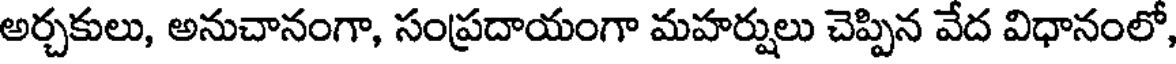
అర్చకులు, అనుచానంగా, సంప్రదాయంగా మహర్షులు చెప్పిన వేద విధానంలో,